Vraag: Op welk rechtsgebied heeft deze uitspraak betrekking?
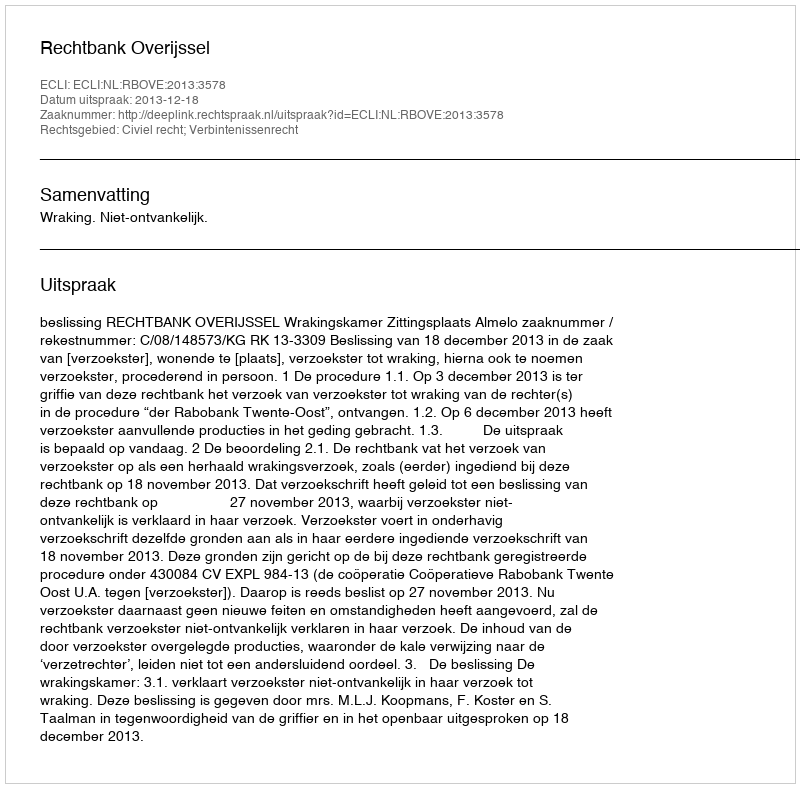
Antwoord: Civiel recht; Verbintenissenrecht